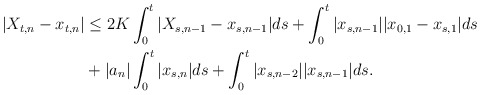
\begin{align*}\begin{aligned}|X_{t,n} - x_{t,n}| &\le 2K\int_0^t |X_{s,n-1} - x_{s,n-1}|ds + \int_0^t|x_{s,n-1}||x_{0,1} - x_{s,1}|ds \\ & + |a_n|\int_0^t |x_{s,n}|ds + \int_0^t |x_{s,n-2}||x_{s,n-1}|ds.\end{aligned}\end{align*}